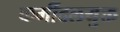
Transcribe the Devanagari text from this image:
कर्मीदलयुक्त